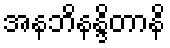
အနဘိနန္ဒိတာနိ